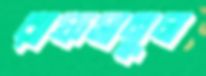
রাফসানুল